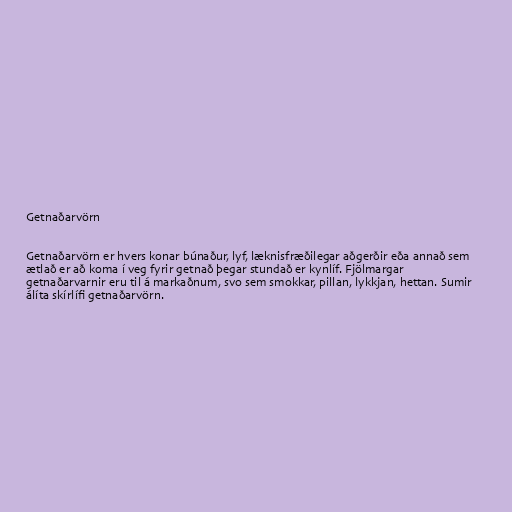
Getnaðarvörn

Getnaðarvörn er hvers konar búnaður, lyf, læknisfræðilegar aðgerðir eða annað sem
ætlað er að koma í veg fyrir getnað þegar stundað er kynlíf. Fjölmargar
getnaðarvarnir eru til á markaðnum, svo sem smokkar, pillan, lykkjan, hettan. Sumir
álíta skírlífi getnaðarvörn.